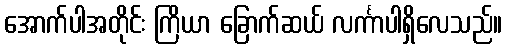
အောက်ပါအတိုင်း ကြိယာ ခြောက်ဆယ် လင်္ကာပါရှိလေသည်။